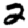
Digit: 2